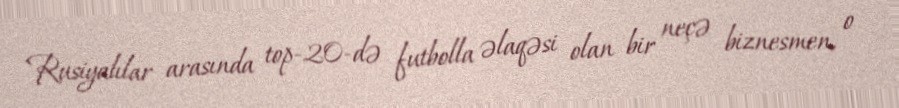
Rusiyalılar arasında top-20-də futbolla əlaqəsi olan bir neçə biznesmen, o